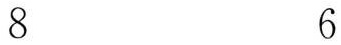
8 6